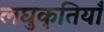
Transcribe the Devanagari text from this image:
लघुकृतियाँ